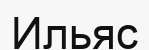
Ильяс